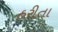
હરીતા